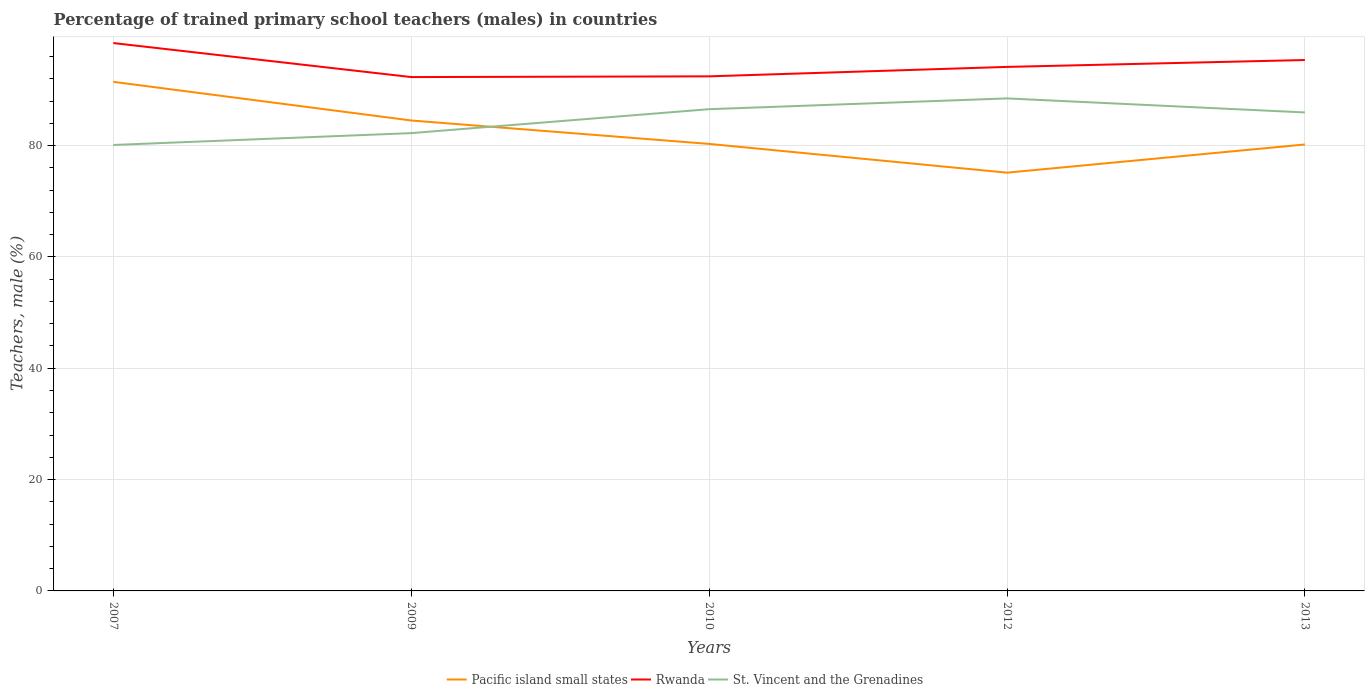
| Years | Pacific island small states | Rwanda | St. Vincent and the Grenadines |
 | --- | --- | --- | --- |
 | 2007 | 91.5 | 98.4 | 80.1 |
 | 2009 | 84.5 | 92.3 | 82.2 |
 | 2010 | 80.3 | 92.4 | 86.5 |
 | 2012 | 75.1 | 94.1 | 88.5 |
 | 2013 | 80.2 | 95.4 | 86 |